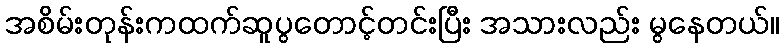
အစိမ်းတုန်းကထက်ဆူပွတောင့်တင်းပြီး အသားလည်း မွနေတယ်။